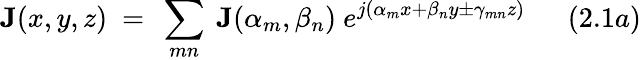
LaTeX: \mathbf{J}(x,y,z)~=~\sum_{mn}~\mathbf{J}(\alpha_{m},\beta_{n})~e^{j(\alpha_{m}x+\beta_{n}y\pm\gamma_{mn}z)}~~~~~~(2.1a)